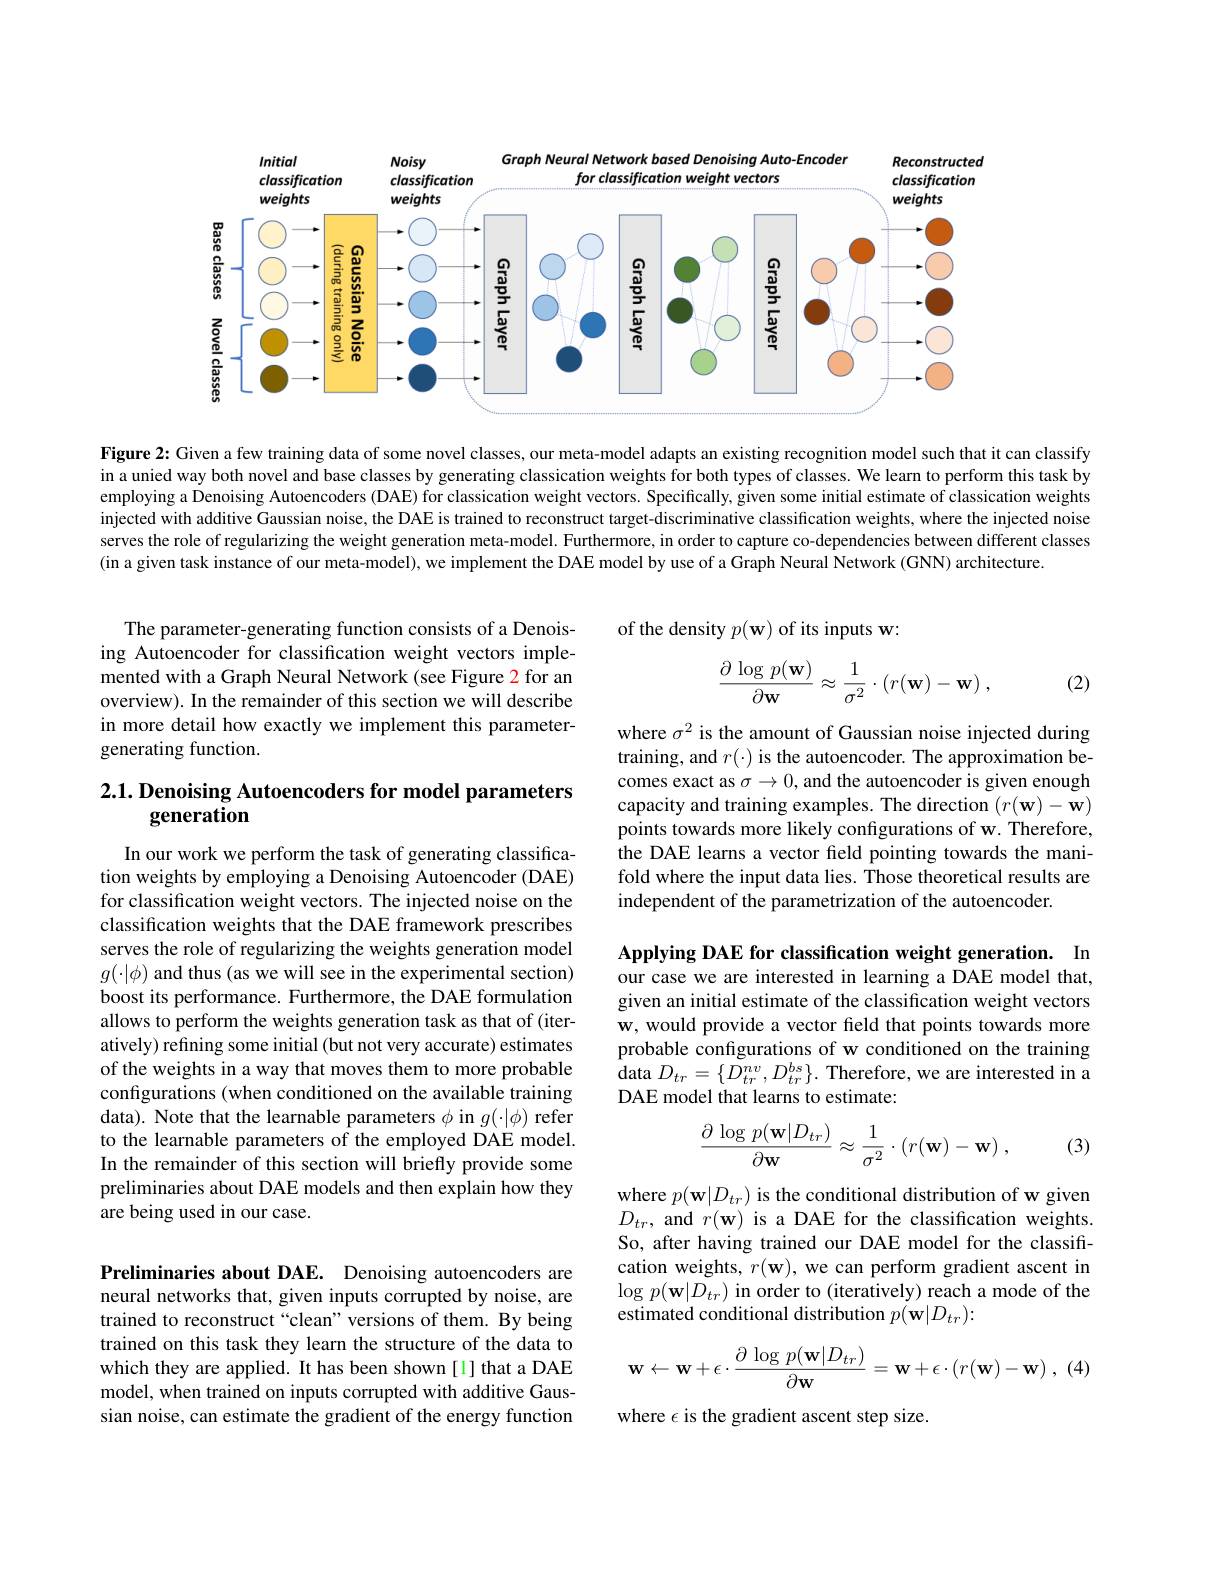
<FigureHere>

Figure 2: Given a few training data of some novel classes, our meta-model adapts an existing recognition model such that it can classify in a unied way both novel and base classes by generating classication weights for both types of classes. We learn to perform this task by employing a Denoising Autoencoders (DAE) for classication weight vectors. Specifically, given some initial estimate of classication weights injected with additive Gaussian noise, the DAE is trained to reconstruct target-discriminative classification weights, where the injected noise serves the role of regularizing the weight generation meta-model. Furthermore, in order to capture co-dependencies between different classes (in a given task instance of our meta-model), we implement the DAE model by use of a Graph Neural Network (GNN) architecture.

The parameter-generating function consists of a Denoising Autoencoder for classification weight vectors implemented with a Graph Neural Network (see Figure 2 for an overview). In the remainder of this section we will describe in more detail how exactly we implement this parametergenerating function.

## 2.1. Denoising Autoencoders for model parameters generation

In our work we perform the task of generating classification weights by employing a Denoising Autoencoder (DAE) for classification weight vectors. The injected noise on the classification weights that the DAE framework prescribes serves the role of regularizing the weights generation model $g(\cdot|\phi)$ and thus (as we will see in the experimental section) boost its performance. Furthermore, the DAE formulation allows to perform the weights generation task as that of (iteratively) refining some initial (but not very accurate) estimates of the weights in a way that moves them to more probable configurations (when conditioned on the available training data). Note that the learnable parameters $\phi$ in $g(\cdot|\phi)$ refer to the learnable parameters of the employed DAE model. In the remainder of this section will briefly provide some preliminaries about DAE models and then explain how they are being used in our case.

Preliminaries about DAE. Denoising autoencoders are neural networks that, given inputs corrupted by noise, are trained to reconstruct “clean”versions of them. By being trained on this task they learn the structure of the data to which they are applied. It has been shown[1] that a DAE model, when trained on inputs corrupted with additive Gaussian noise, can estimate the gradient of the energy function

of the density $p(\mathbf{w})$ of its inputs w:
$$\frac{\partial\:\log\:p(\mathbf{w})}{\partial\mathbf{w}}\approx\frac{1}{\sigma^{2}}\cdot(r(\mathbf{w})-\mathbf{w})\:,$$
(2)

where $\sigma^2$ is the amount of Gaussian noise injected during training, and $r(\cdot)$ is the autoencoder. The approximation becomes exact as $\sigma\to0$, and the autoencoder is given enough capacity and training examples. The direction $(r(\mathbf{w})-\mathbf{w})$ points towards more likely configurations of w. Therefore, the DAE learns a vector field pointing towards the manifold where the input data lies. Those theoretical results are independent of the parametrization of the autoencoder.

Applying DAE for classification weight generation. In our case we are interested in learning a DAE model that, given an initial estimate of the classification weight vectors w, would provide a vector field that points towards more probable configurations of w conditioned on the training ${\mathrm{data~}D_{tr}=\{D_{tr}^{nv},D_{tr}^{bs}\}.{\mathrm{~Therefore,~we~are~interested~in~a}}}$ DAE model that learns to estimate:
$$\frac{\partial\:\log\:p(\mathbf{w}|D_{tr})}{\partial\mathbf{w}}\approx\frac{1}{\sigma^{2}}\cdot(r(\mathbf{w})-\mathbf{w})\:,$$
(3)

where $p(\mathbf{w}|D_{tr})$ is the conditional distribution of w given $D_{tr}$, and $r(\mathbf{w})$ is a DAE for the classification weights. So, after having trained our DAE model for the classification weights, $r(\mathbf{w})$, we can perform gradient ascent in $\log p(\mathbf{w}|D_{tr})$ in order to (iteratively) reach a mode of the estimated conditional distribution $p(\mathbf{w}|D_{tr})\colon$
$$\mathbf{w}\leftarrow\mathbf{w}+\epsilon\cdot\frac{\partial\:\log\:p(\mathbf{w}|D_{tr})}{\partial\mathbf{w}}=\mathbf{w}+\epsilon\cdot(r(\mathbf{w})-\mathbf{w})\:,\:(4)$$
where $\epsilon$ is the gradient ascent step size.